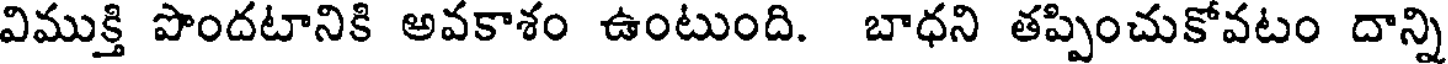
విముక్తి పొందటానికి అవకాశం ఉంటుంది. బాధని తప్పించుకోవటం దాన్ని